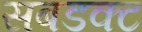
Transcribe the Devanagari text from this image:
सबडक्ट